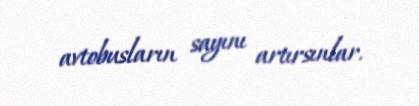
avtobusların sayını artırsınlar.